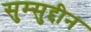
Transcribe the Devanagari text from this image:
सुम्सुद्दीन